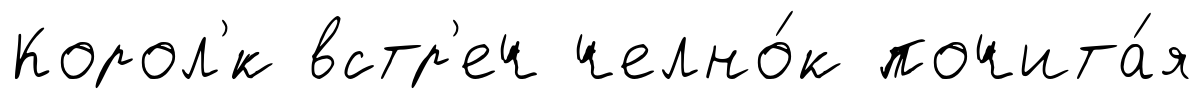
Корол'́к встр'еч челно́к почита́я